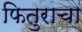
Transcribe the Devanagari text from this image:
फितुराचा